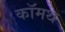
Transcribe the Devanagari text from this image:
कॉमथ